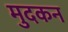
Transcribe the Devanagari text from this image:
मुदकन